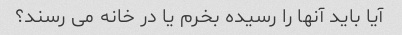
آیا باید آنها را رسیده بخرم یا در خانه می رسند؟